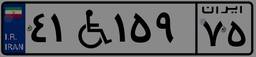
۴۱W۱۵۹۷۵